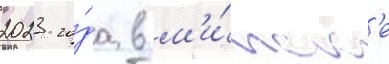
2023 го́да в м'и́нск'е